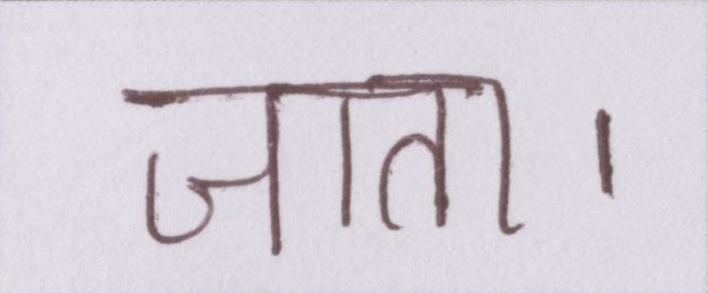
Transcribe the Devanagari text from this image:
जाता।